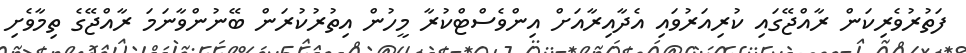
ފަތުރުވެރިކަން ރާއްޖޭގައި ކުރިއަރުވައި އެދާއިރާއަށް އިންވެސްޓްކުރާ މީހުން އިތުރުކުރަން ބޭނުންވާނަމަ ރާއްޖޭގެ ތިމާވެށި